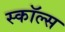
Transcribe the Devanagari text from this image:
स्कॉल्स